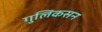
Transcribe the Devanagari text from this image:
गुलिकसन